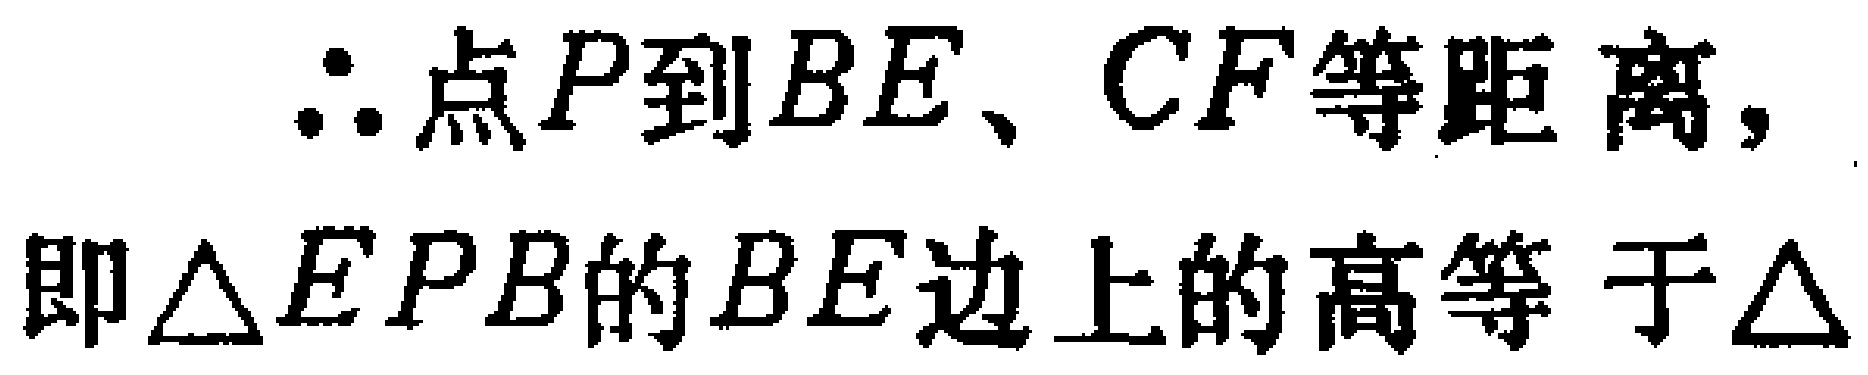
$\therefore$点$P$到$BE、CF$等距离，
即$\triangle EPB$的$BE$边上的高等于$\triangle$